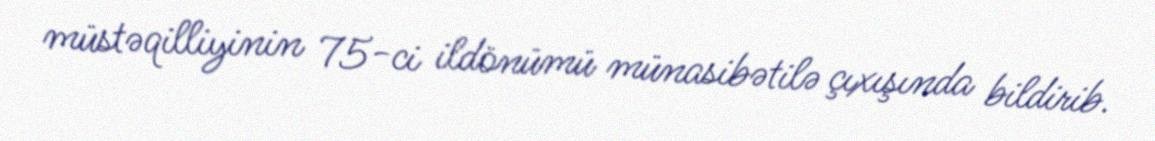
müstəqilliyinin 75-ci ildönümü münasibətilə çıxışında bildirib.